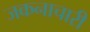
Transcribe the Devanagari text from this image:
जकनाचारी